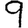
Digit: 9